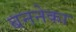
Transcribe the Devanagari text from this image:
बननेका